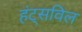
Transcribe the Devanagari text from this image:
हंट्सविल